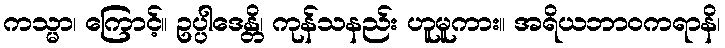
ကသ္မာ၊ ကြောင့်။ ဥပ္ပါဒေန္တိ၊ ကုန်သနည်း ဟူမူကား။ အရိယဘာဝကရာနိ၊